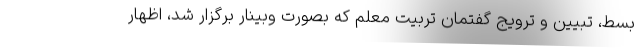
بسط، تبیین و ترویج گفتمان تربیت معلم که بصورت وبینار برگزار شد، اظهار